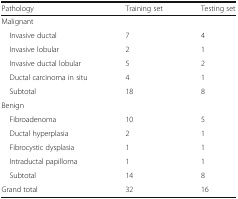
<table><thead><tr><td><b>Pathology</b></td><td><b>Training set</b></td><td><b>Testing set</b></td></tr></thead><tbody><tr><td colspan="3">Malignant</td></tr><tr><td> Invasive ductal</td><td>7</td><td>4</td></tr><tr><td> Invasive lobular</td><td>2</td><td>1</td></tr><tr><td> Invasive ductal lobular</td><td>5</td><td>2</td></tr><tr><td> Ductal carcinoma in situ</td><td>4</td><td>1</td></tr><tr><td> Subtotal</td><td>18</td><td>8</td></tr><tr><td colspan="3">Benign</td></tr><tr><td> Fibroadenoma</td><td>10</td><td>5</td></tr><tr><td> Ductal hyperplasia</td><td>2</td><td>1</td></tr><tr><td> Fibrocystic dysplasia</td><td>1</td><td>1</td></tr><tr><td> Intraductal papilloma</td><td>1</td><td>1</td></tr><tr><td> Subtotal</td><td>14</td><td>8</td></tr><tr><td>Grand total</td><td>32</td><td>16</td></tr></tbody></table>